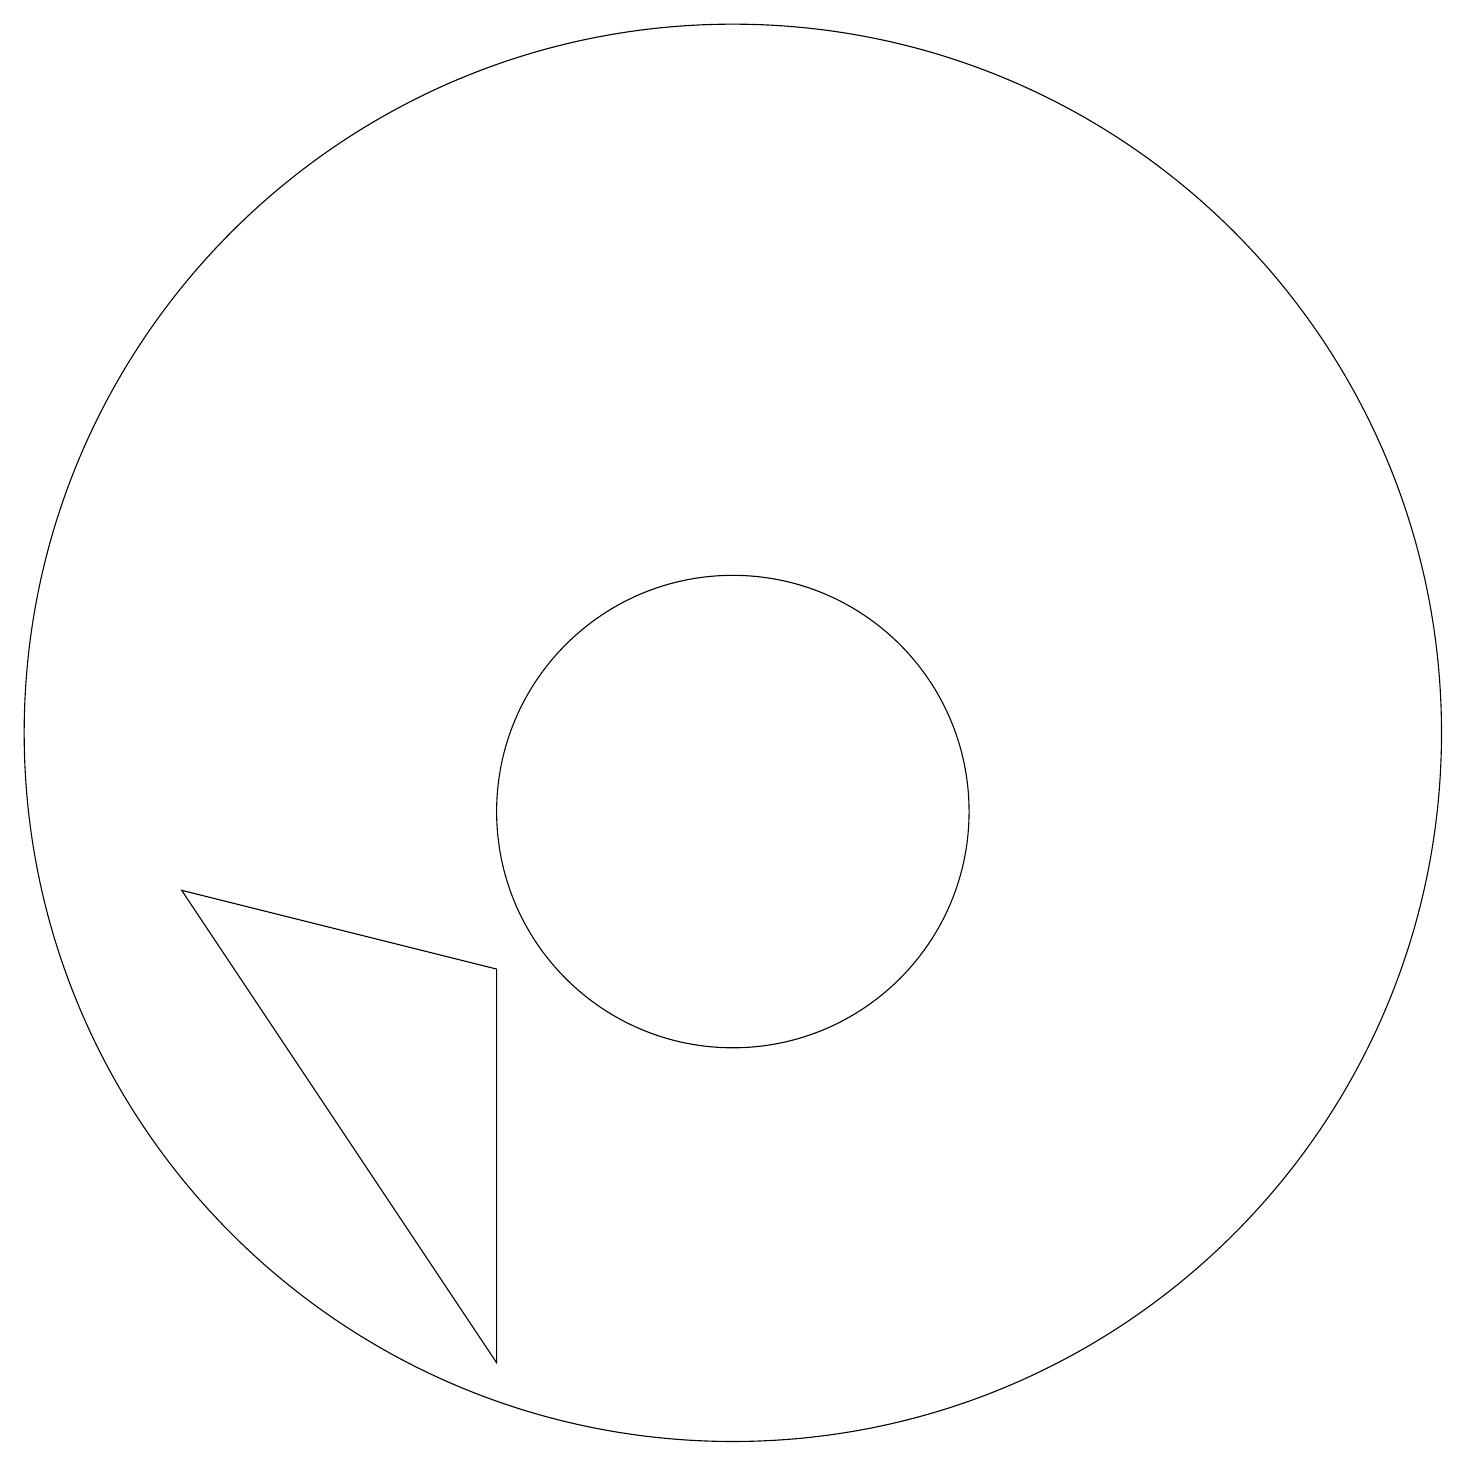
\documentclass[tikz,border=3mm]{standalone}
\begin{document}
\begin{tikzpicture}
\draw (11,11) circle (9);
\draw (4,9) -- (8,8) -- (8,3) -- cycle;
\draw (11,10) circle (3);
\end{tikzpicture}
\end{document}